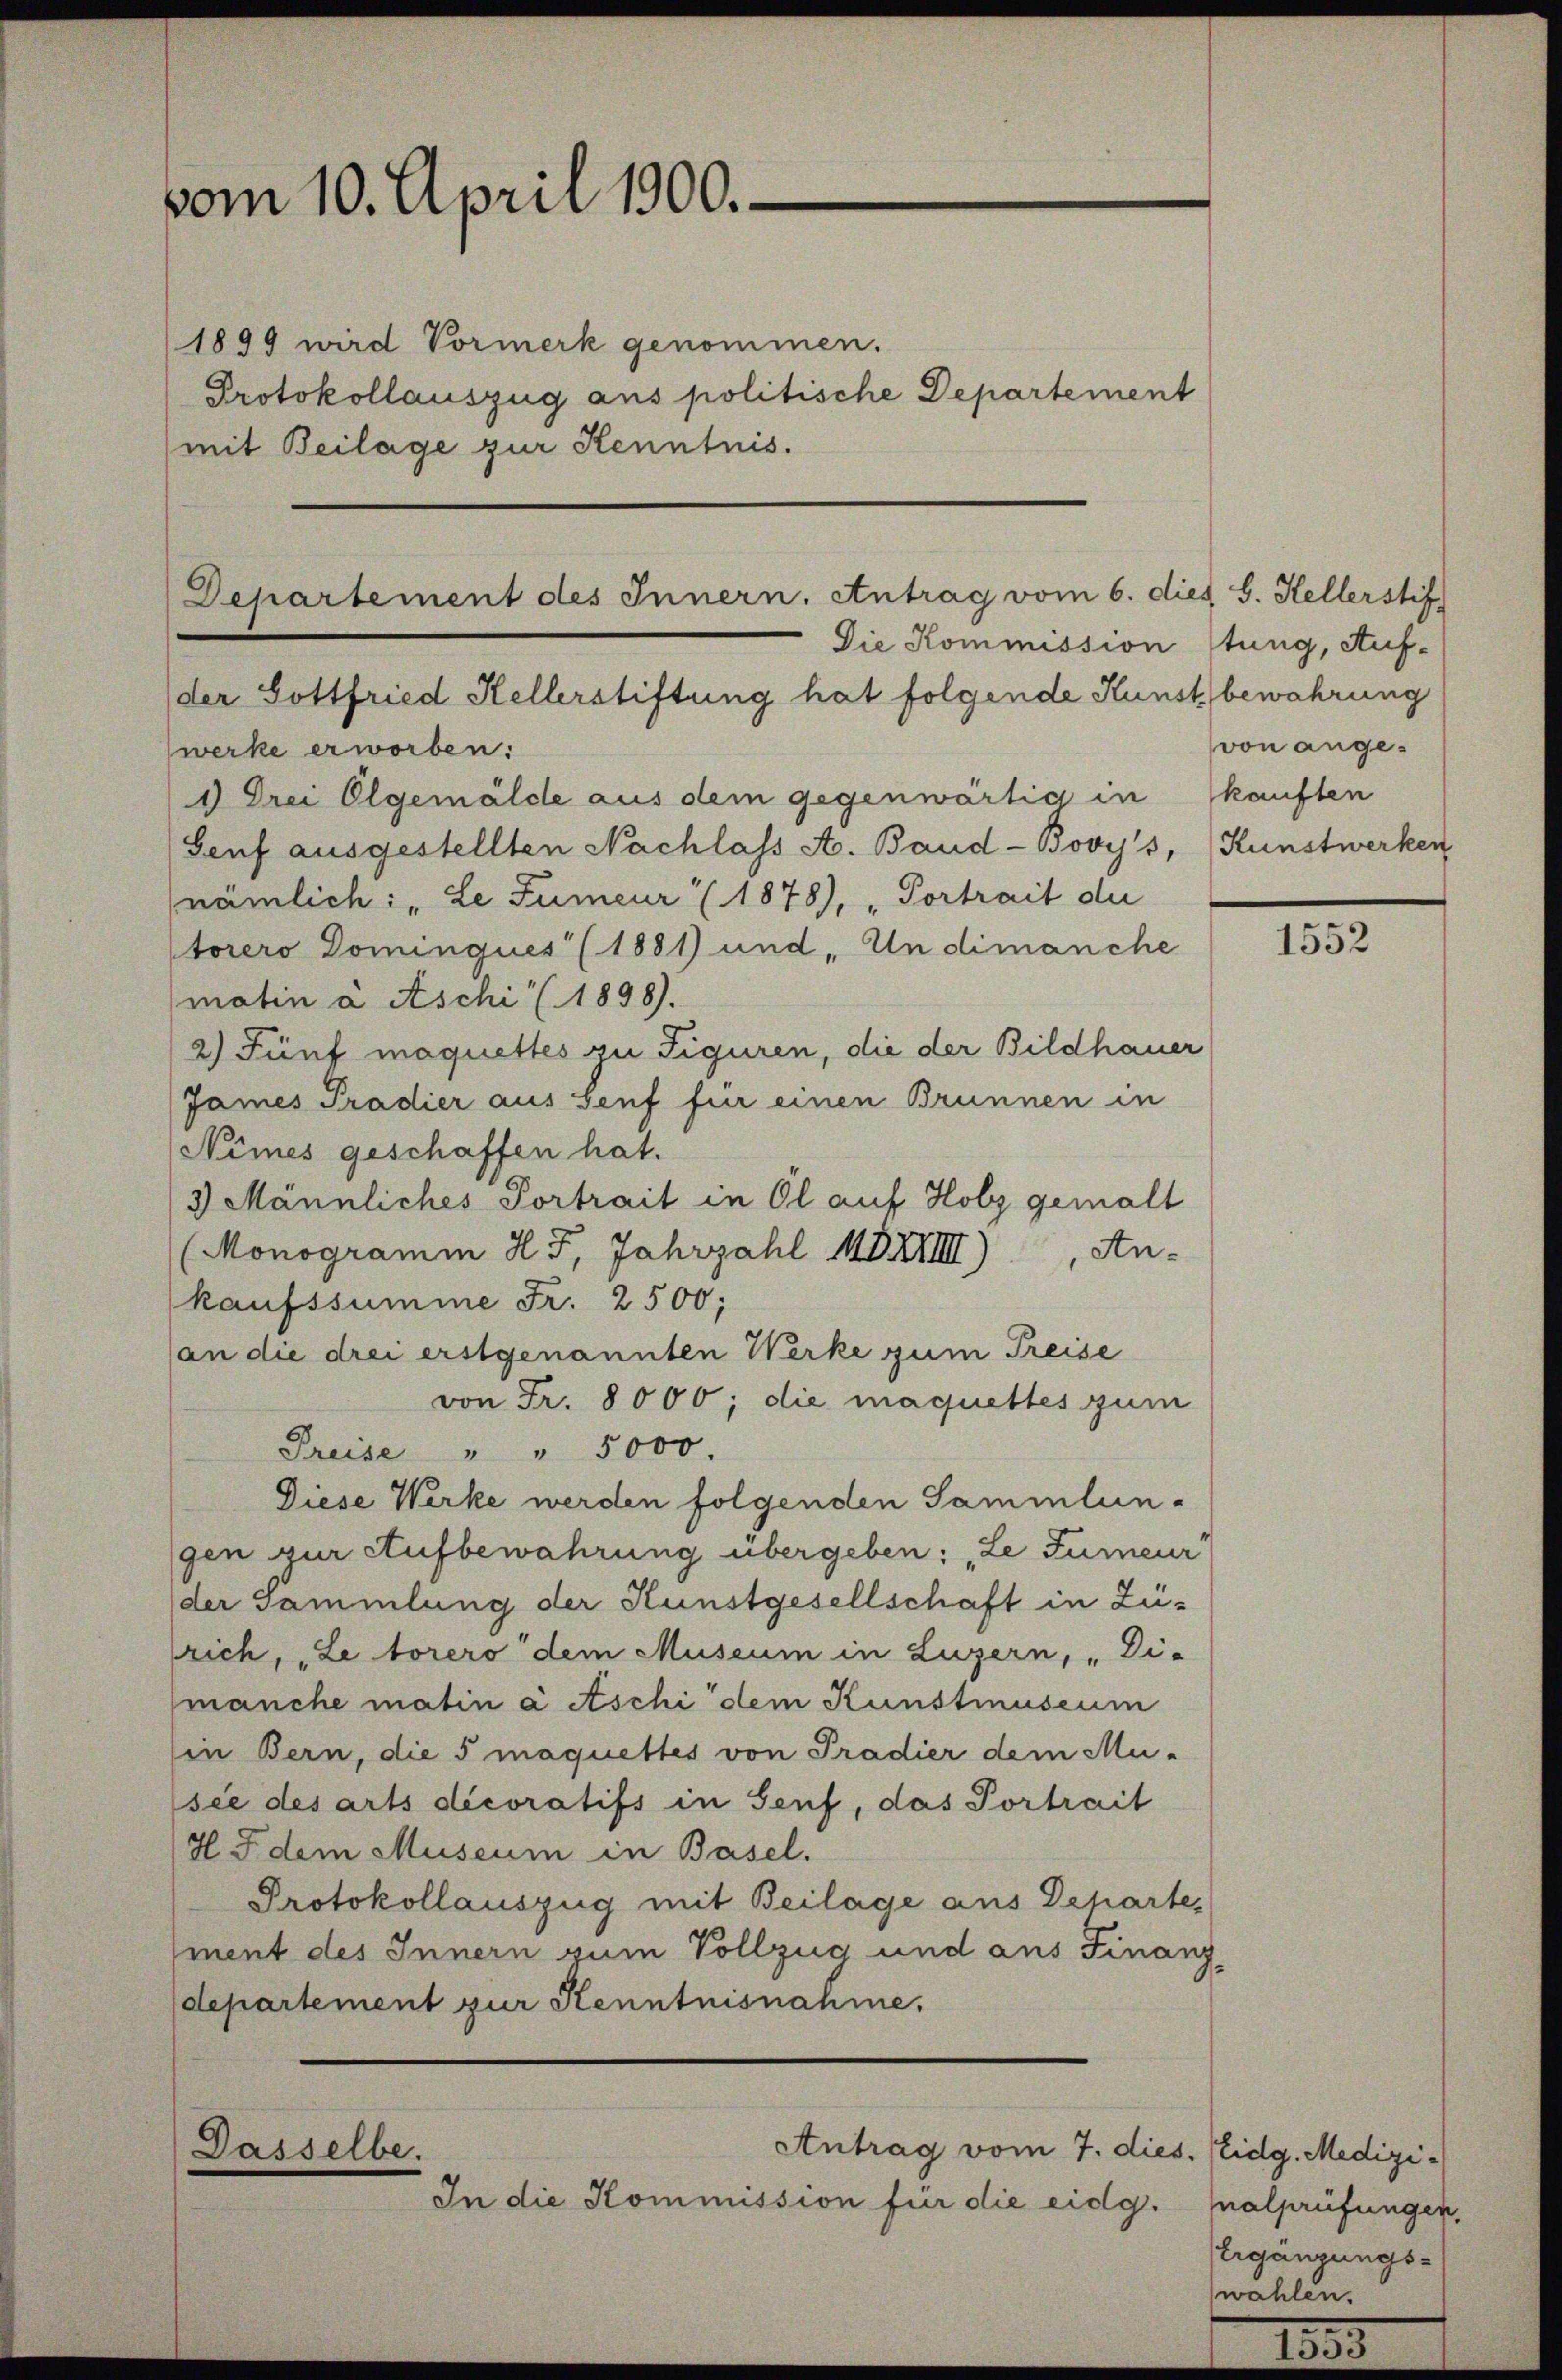
vom 10. April 1900.

1899 wird Vormerk genommen.
Protokollauszug aus politische Departement
mit Beilage zur Kenntnis.

Departement des Innern. Antrag vom 6. dies S. Kellerstif

der Gottfried Hellerstiftung hat folgende Kunst bewahrung
werke erworben:
1) Drei Elgemälde aus dem gegenwärtig in kauften
Genf ausgestellten Nachlass A. Band-Bovy's, (Kunstwerken
nämlich: „Le Fumeur (1878), „Portrait de
torers Dominques (1881) und „Undimanche
matin à Aschi (1898).
2) Fünf maquettes zu Figuren, die der Bildhauer
James Pradier aus Senf für einen Brunnen in
Nêmes geschaffen hat.
3 Männliches Portrait in Öl auf Holz gemalt
(Monogramm HF, Jahrzahl MDXVIII)
Ankaufssumme Fr. 2500;
an die drei erstgenannten Werke zum Preise
von Fr. 8000; die maquettes zum
Preise " " 5000.
Diese Werke werden folgenden Sammlungen zur Aufbewahrung übergeben: „Le Jureur
der Sammlung der Kunstgesellschaft in Zürich, „Le torero dem Museum in Luzern, „Di-
manche matin à Aschi dem Kunstmuseum
in Bern, die 5 maquettes von Pradier dem Musie des arts decoratifs in Senf, das Portrait
H J. dem Museum in Basel.
Protokollauszug mit Beilage aus Departement des Innern zum Vollzug und aus Finanz
departement zur Kenntnisnahme.

Antrag vom 7. dies. Eidg. Medizi¬
Dasselbe.
In die Kommission für die eidg.

Die Kommission stung, Auf¬

von ange¬

1552

nalprüfungen,
Ergänzungs-
wahlen.